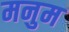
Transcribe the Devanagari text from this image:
मनुम